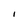
Character: I